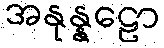
အနုန္နဠော